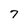
Character: 7